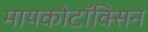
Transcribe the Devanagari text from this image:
मायकोटॉक्सिन